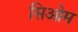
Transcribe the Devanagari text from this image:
सिओम